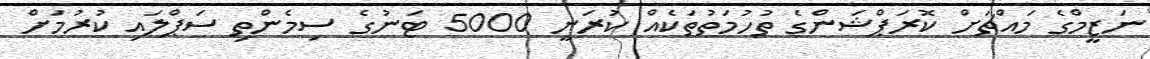
ނަޒީމްގެ މައްޗަށް ކޮރަޕްޝަންގެ ތުހުމަތުތަކެއް ކުރަނީ 5000 ޓަނުގެ ސިމެންތި ސަޕްލައި ކުރުމަށް